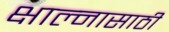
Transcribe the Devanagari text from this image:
क्षाल्नासाठी